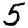
Digit: 5